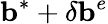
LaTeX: \mathbf{b}^{*}+\delta\mathbf{b}^{e}